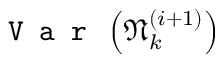
\texttt { V a r } \left( \mathfrak { N } _ { k } ^ { ( i + 1 ) } \right)